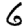
Digit: 6